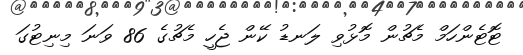
ޓޮޓެންހަމް މެޗުން މޮޅުވި ލަނޑު ކޭން ޖެހީ މެޗުގެ 86 ވަނަ މިނިޓުގަ